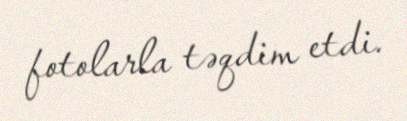
fotolarla təqdim etdi.